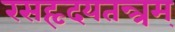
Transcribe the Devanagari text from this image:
रसहृदयतन्त्रम्